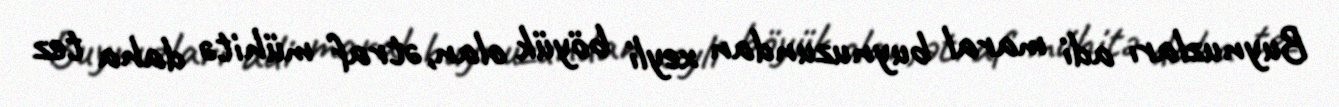
Buynuzları adi maral buynuzundan xeyli böyük olan, ətraf mühitə daha tez